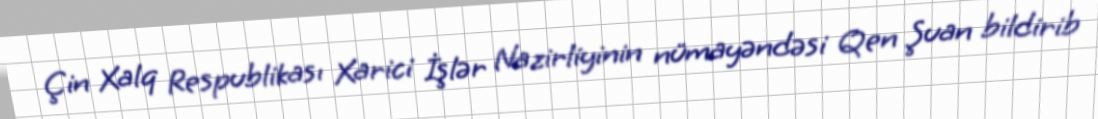
Çin Xalq Respublikası Xarici İşlər Nazirliyinin nümayəndəsi Qen Şuan bildirib